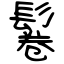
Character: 鬈